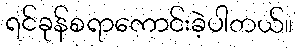
ရင်ခုန်စရာကောင်းခဲ့ပါတယ်။